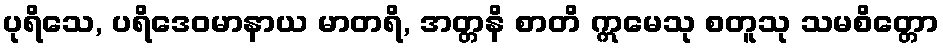
ပုရိသေ, ပရိဒေဝမာနာယ မာတရိ, အတ္တနိ စာတိ ဣမေသု စတူသု သမစိတ္တော